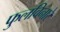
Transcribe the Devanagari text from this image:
फुलविनारे